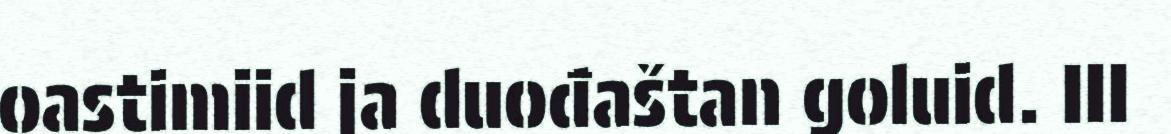
oastimiid ja duođaštan goluid. III